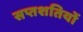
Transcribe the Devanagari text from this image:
सप्तशतियों